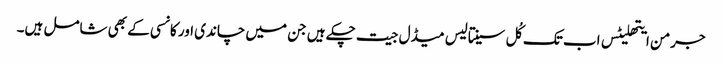
جرمن ایتھلیٹس اب تک کُل سینتالیس میڈل جیت چکے ہیں جن میں چاندی اور کانسی کے بھی شامل ہیں۔